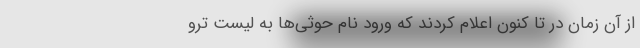
از آن زمان در تا کنون اعلام کردند که ورود نام حوثی‌ها به لیست ترو